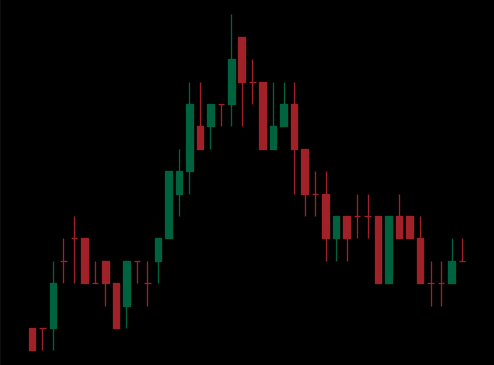
Pattern: head_shoulders